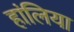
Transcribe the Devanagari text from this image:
हांलिया